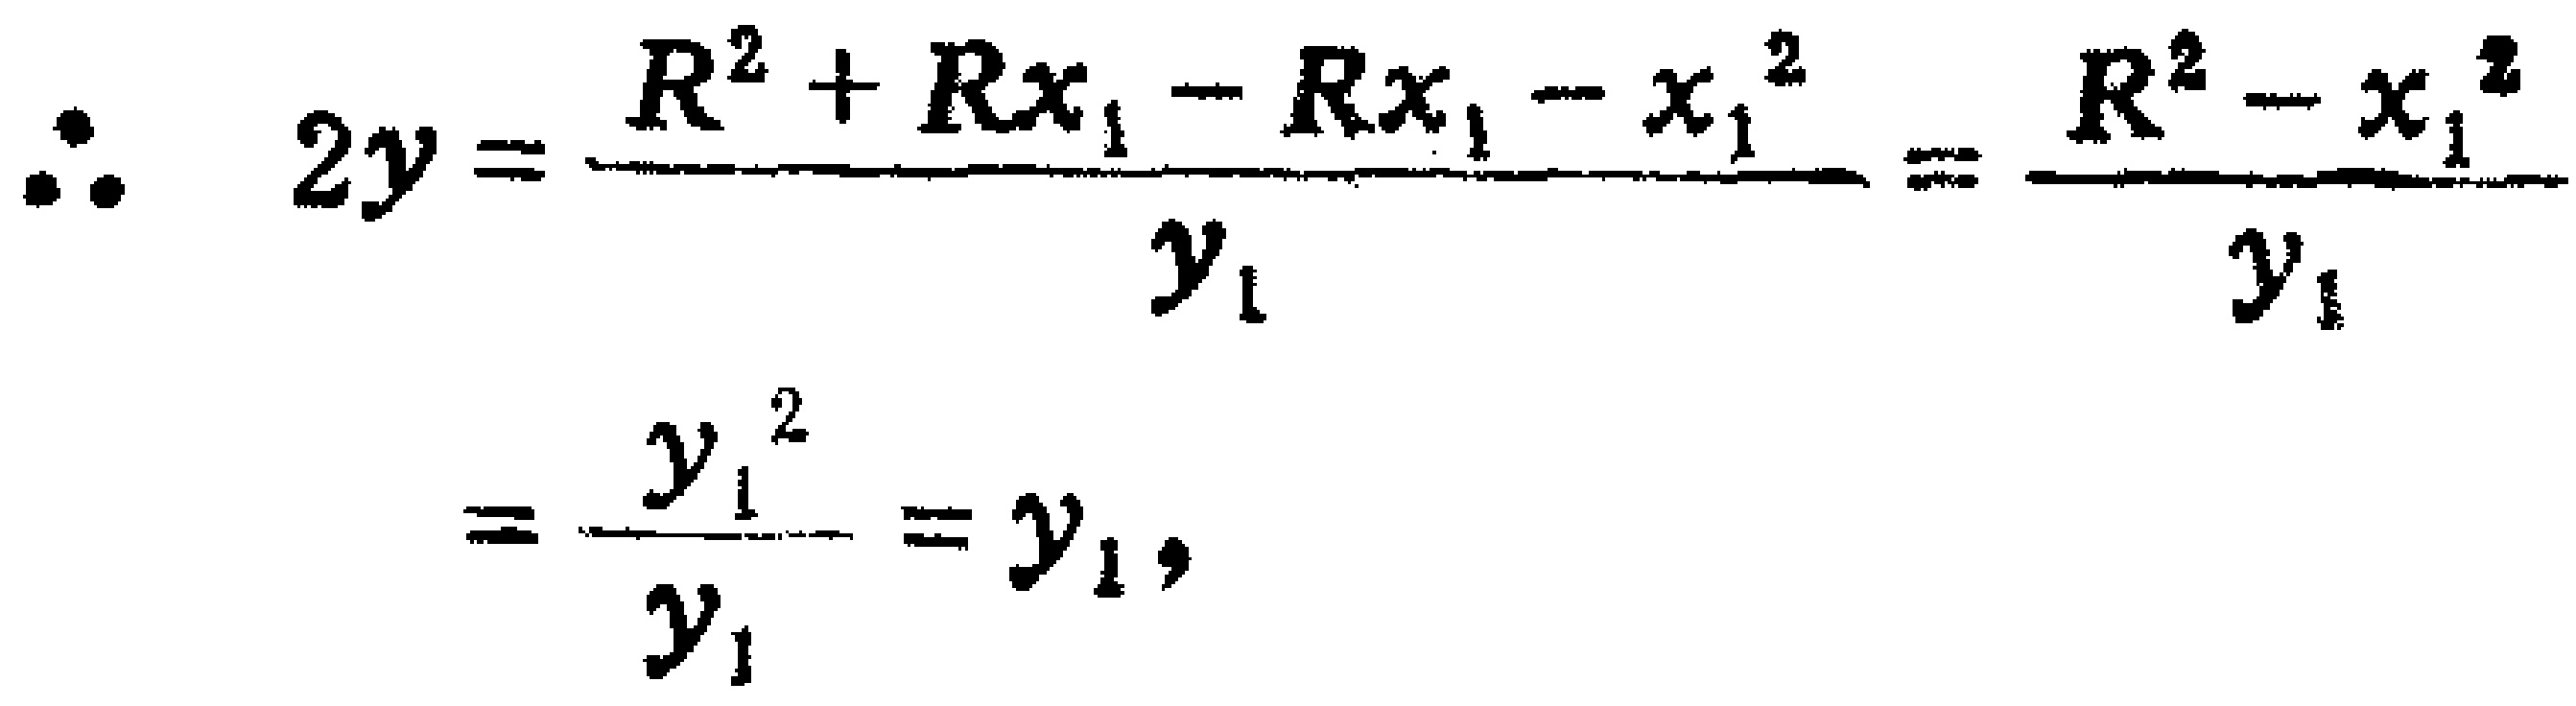
\[\therefore 2y=\frac{R^{2}+Rx_{1}-Rx_{1}-x_{1}^{2}}{y_{1}}=\frac{R^{2}-x_{1}^{2}}{y_{1}}=\frac{y_{1}^{2}}{y_{1}} = y_{1},\]